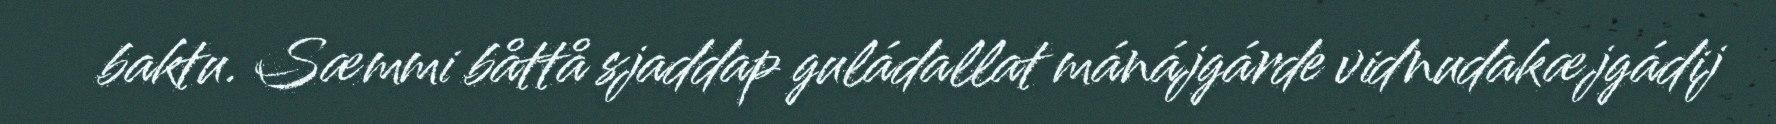
baktu. Sæmmi båttå sjaddap guládallat mánájgárde vidnudakæjgádij